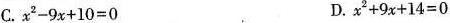
C. x ^ { 2 } - 9 x + 1 0 = 0$$ D. $$ x ^ { 2 } + 9 x + 1 4 = 0$$